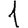
Digit: 1